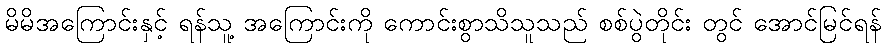
မိမိအကြောင်းနှင့် ရန်သူ့ အကြောင်းကို ကောင်းစွာသိသူသည် စစ်ပွဲတိုင်း တွင် အောင်မြင်ရန်